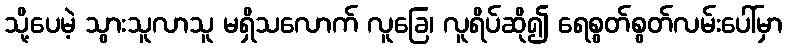
သို့ပေမဲ့ သွားသူလာသူ မရှိသလောက် လူခြေ၊ လူရိပ်ဆို၍ ရေစွတ်စွတ်လမ်းပေါ်မှာ